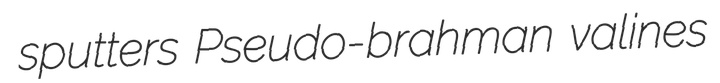
sputters Pseudo-brahman valines